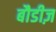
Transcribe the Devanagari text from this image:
बौडीज़